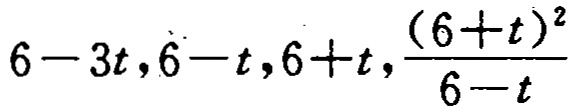
\(6 - 3t,6 - t,6 + t,\frac{(6 + t)^2}{6 - t}\)